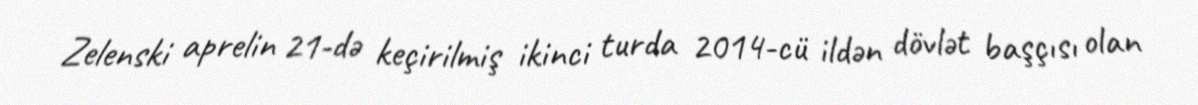
Zelenski aprelin 21-də keçirilmiş ikinci turda 2014-cü ildən dövlət başçısı olan